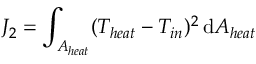
J _ { 2 } = \int _ { A _ { h e a t } } ( T _ { h e a t } - T _ { i n } ) ^ { 2 } \, \mathrm { d } A _ { h e a t }